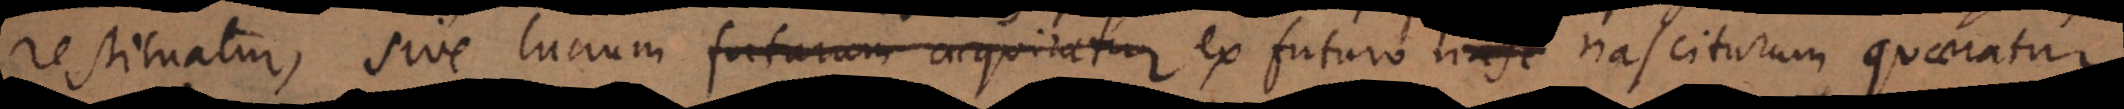
restituatur, sive lucrum futurum acquiratur ex futuro facto nasciturum quaeratur.